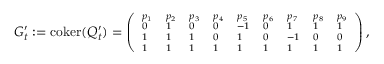
{ \scriptsize G _ { t } ^ { \prime } : = \mathrm { c o k e r } ( Q _ { t } ^ { \prime } ) = \left( \begin{array} { l l l l l l l l l } { { p _ { 1 } } } & { { p _ { 2 } } } & { { p _ { 3 } } } & { { p _ { 4 } } } & { { p _ { 5 } } } & { { p _ { 6 } } } & { { p _ { 7 } } } & { { p _ { 8 } } } & { { p _ { 9 } } } \\ { { 0 } } & { { 1 } } & { { 0 } } & { { 0 } } & { { - 1 } } & { { 0 } } & { { 1 } } & { { 1 } } & { { 1 } } \\ { { 1 } } & { { 1 } } & { { 1 } } & { { 0 } } & { { 1 } } & { { 0 } } & { { - 1 } } & { { 0 } } & { { 0 } } \\ { { 1 } } & { { 1 } } & { { 1 } } & { { 1 } } & { { 1 } } & { { 1 } } & { { 1 } } & { { 1 } } & { { 1 } } \end{array} \right) , }